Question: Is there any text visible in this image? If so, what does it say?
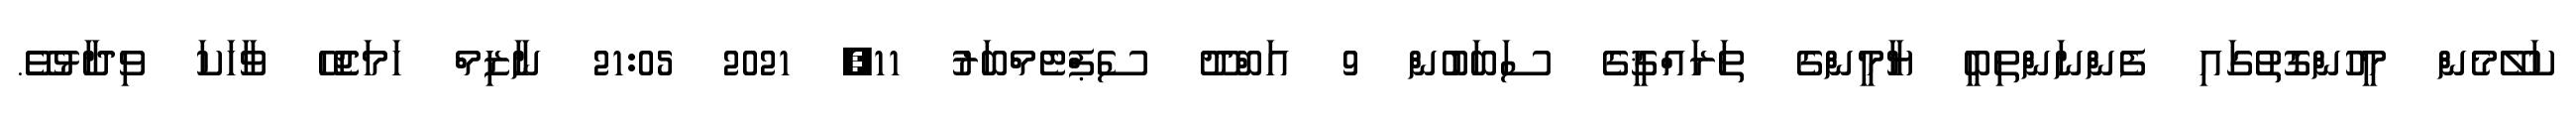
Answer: ކަލޭމެން މީހުންގޮތުގައި ފެންނަންތިބީ ޔާމީންގެ ތަރައްޤީގެ ސަބަބުން 9 އަބްދޫ ސެޕްޓެމްބަރު 11, 2021 21:05 ނާޒިމް ހަމަޖެހޭ ވާހަކަ ވިދާޅުވެޭ.